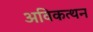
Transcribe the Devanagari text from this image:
अविकत्थन